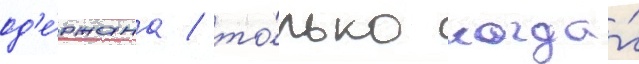
од'е́ржана / то́лько когда́